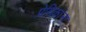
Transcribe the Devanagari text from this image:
प्रेमिकांना